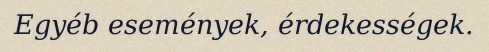
Egyéb események, érdekességek.